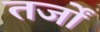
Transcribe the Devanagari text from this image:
तर्जों